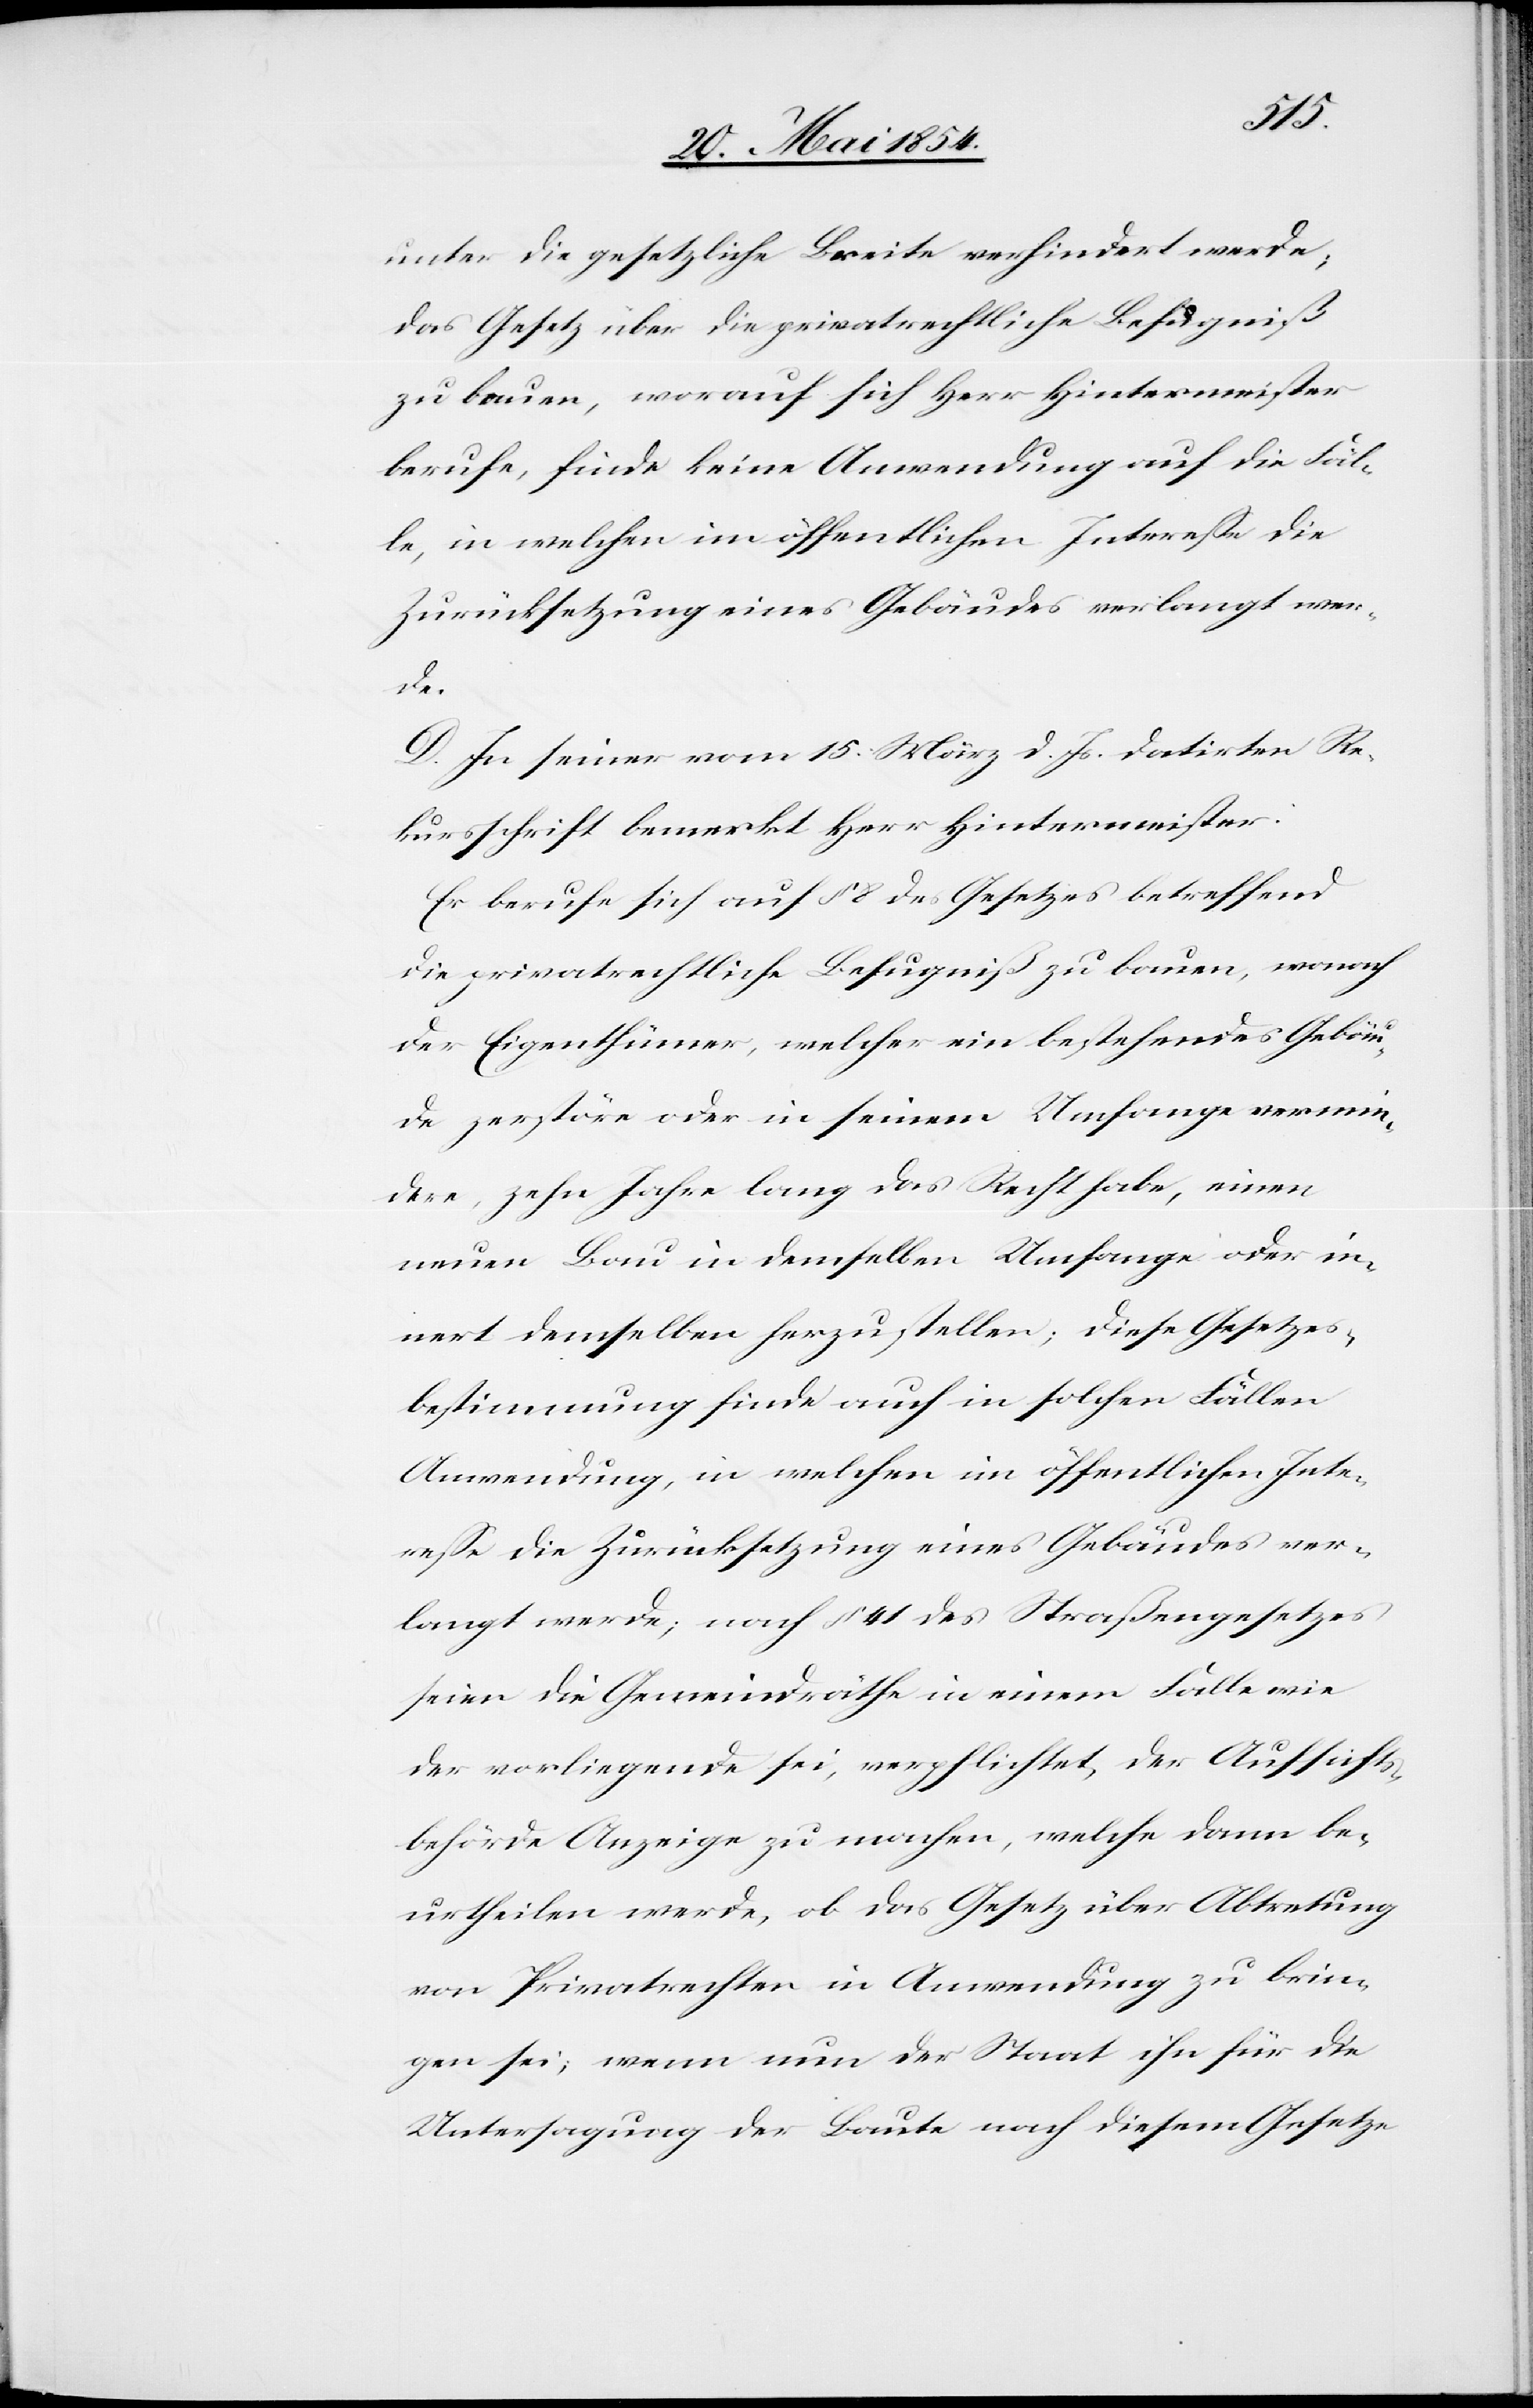
unter die gesetzliche Breite verhindert werde;
das Gesetz über die privatrechtliche Befugniß
zu bauen, worauf sich Herr Hintermeister
berufe, finde keine Anwendung auf die Fäl¬
le, in welchen im öffentlichen Intereße die
Zurücksetzung eines Gebäudes verlangt wer¬
de.
D. In seiner vom 15. März d. Js. datirten Re¬
kursschrift bemerkt Herr Hintermeister:
Er berufe sich auf § 8 des Gesetzes betreffend
die privatrechtliche Befugniß zu bauen, wonach
der Eigenthümer, welcher ein bestehendes Gebäu¬
de zerstöre oder in seinem Umfange vermin¬
dere, zehn Jahre lang das Recht habe, einen
neuen Bau in demselben Umfange oder in¬
nert demselben herzustellen; diese Gesetzes¬
bestimmung finde auch in solchen Fällen
Anwendung, in welchen im öffentlichen Inte¬
reße die Zurücksetzung eines Gebäudes ver¬
langt werde; nach § 41 des Straßengesetzes
seien die Gemeindräthe in einem Falle wie
der vorliegende sei, verpflichtet, der Aufsichts¬
behörde Anzeige zu machen, welche dann be¬
urtheilen werden, ob das Gesetz über Abtretung
von Privatrechten in Anwendung zu brin¬
gen sei; wenn nun der Staat ihn für die
Untersagung der Baute nach diesem Gesetze